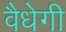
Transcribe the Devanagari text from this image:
वैधेगी